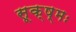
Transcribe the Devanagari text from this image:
सूक्ष्मः